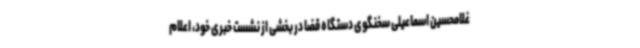
غلامحسین اسماعیلی سخنگوی دستگاه قضا در بخشی از نشست خبری خود، اعلام